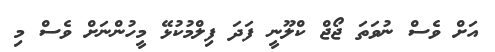
އަށް ވެސް ނުވަތަ ޖޯޖް ކްލޫނީ ފަދަ ފިލްމުކުޅޭ މީހުންނަށް ވެސް މި